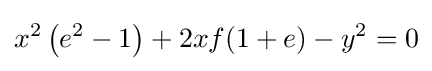
x^{2}\left(e^{2}-1\right)+2xf(1+e)-y^{2}=0